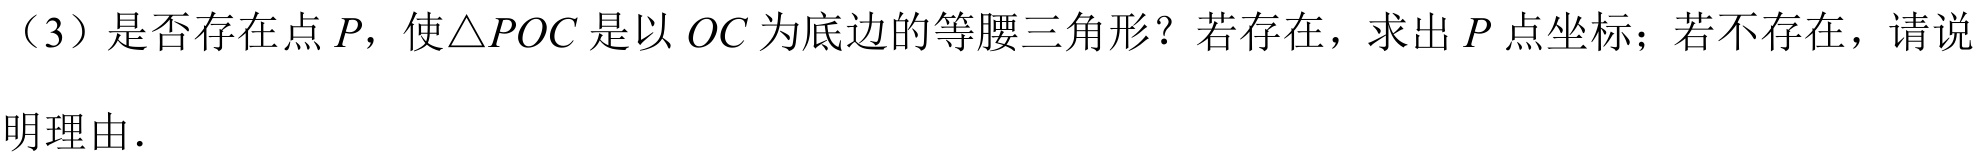
（3）是否存在点\(P\)，使\(\triangle POC\)是以\(OC\)为底边的等腰三角形？若存在，求出\(P\)点坐标；若不存在，请说
明理由.